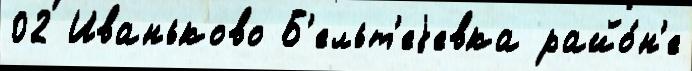
02 Иваньково Б'ельт'еjевка райо́н'е